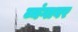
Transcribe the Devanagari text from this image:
व्यंगावर